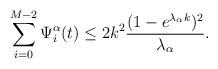
LaTeX: \begin{align*}\sum_{i=0}^{M-2} \Psi_i^\alpha(t)&\le 2k^2\frac{(1-e^{\lambda_\alpha k})^2}{\lambda_\alpha}.\end{align*}